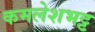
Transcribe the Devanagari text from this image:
कमलेशभट्ट